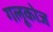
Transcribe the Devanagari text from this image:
गलूकोज